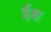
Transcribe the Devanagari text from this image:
ईक्ष